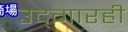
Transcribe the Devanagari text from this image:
उद्‌गारही